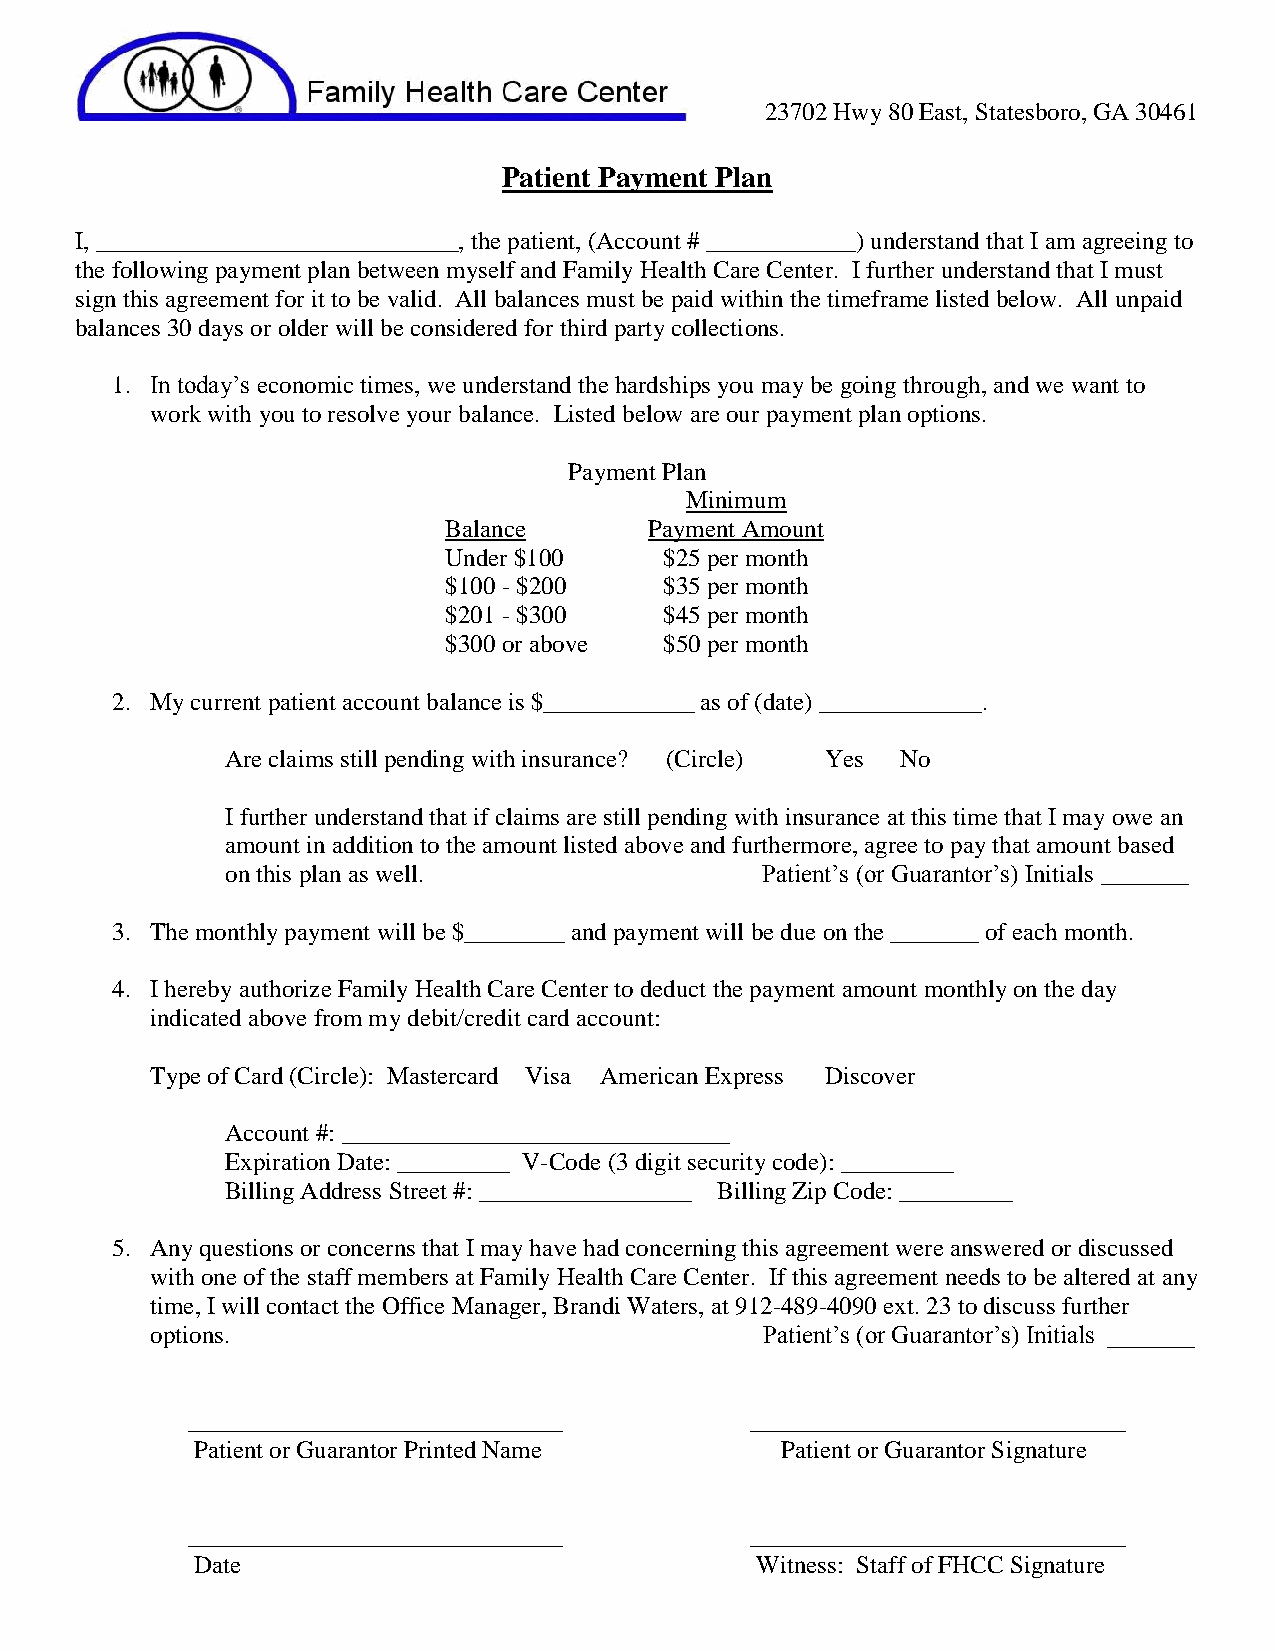
23702 Hwy 80 East, Statesboro, GA 30461
 Patient Payment Plan
 I, _____________________________, the patient, (Account # ____________) understand that I am agreeing to
 the following payment plan between myself and Family Health Care Center. I further understand that I must
 sign this agreement for it to be valid. All balances must be paid within the timeframe listed below. All unpaid
 balances 30 days or older will be considered for third party collections.
 1. In today’s economic times, we understand the hardships you may be going through, and we want to
 work with you to resolve your balance. Listed below are our payment plan options.
 Payment Plan
 Minimum
 Balance       Payment Amount
 Under $100     $25 per month
 $100 - $200    $35 per month
 $201 - $300    $45 per month
 $300 or above  $50 per month
 2. My current patient account balance is $____________ as of (date) _____________.
 Are claims still pending with insurance? (Circle) Yes No
 I further understand that if claims are still pending with insurance at this time that I may owe an
 amount in addition to the amount listed above and furthermore, agree to pay that amount based
 on this plan as well.              Patient’s (or Guarantor’s) Initials _______
 3. The monthly payment will be $________ and payment will be due on the _______ of each month.
 4. I hereby authorize Family Health Care Center to deduct the payment amount monthly on the day
 indicated above from my debit/credit card account:
 Type of Card (Circle): Mastercard Visa American Express Discover
 Account #: _______________________________
 Expiration Date: _________ V-Code (3 digit security code): _________
 Billing Address Street #: _________________ Billing Zip Code: _________
 5. Any questions or concerns that I may have had concerning this agreement were answered or discussed
 with one of the staff members at Family Health Care Center. If this agreement needs to be altered at any
 time, I will contact the Office Manager, Brandi Waters, at 912-489-4090 ext. 23 to discuss further
 options.                                Patient’s (or Guarantor’s) Initials _______
 ______________________________        ______________________________
 Patient or Guarantor Printed Name      Patient or Guarantor Signature
 ______________________________        ______________________________
 Date                                 Witness: Staff of FHCC Signature